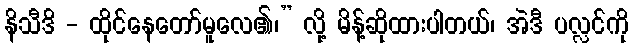
နိသီဒိ - ထိုင်နေတော်မူလေ၏၊” လို့ မိန့်ဆိုထားပါတယ်၊ အဲဒီ ပလ္လင်ကို